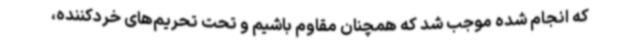
که انجام شده موجب شد که همچنان مقاوم باشیم و تحت تحریم‌های خردکننده،